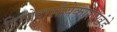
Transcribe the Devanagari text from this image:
दिवोदासीयेकाशीखंडे